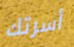
أسرتك